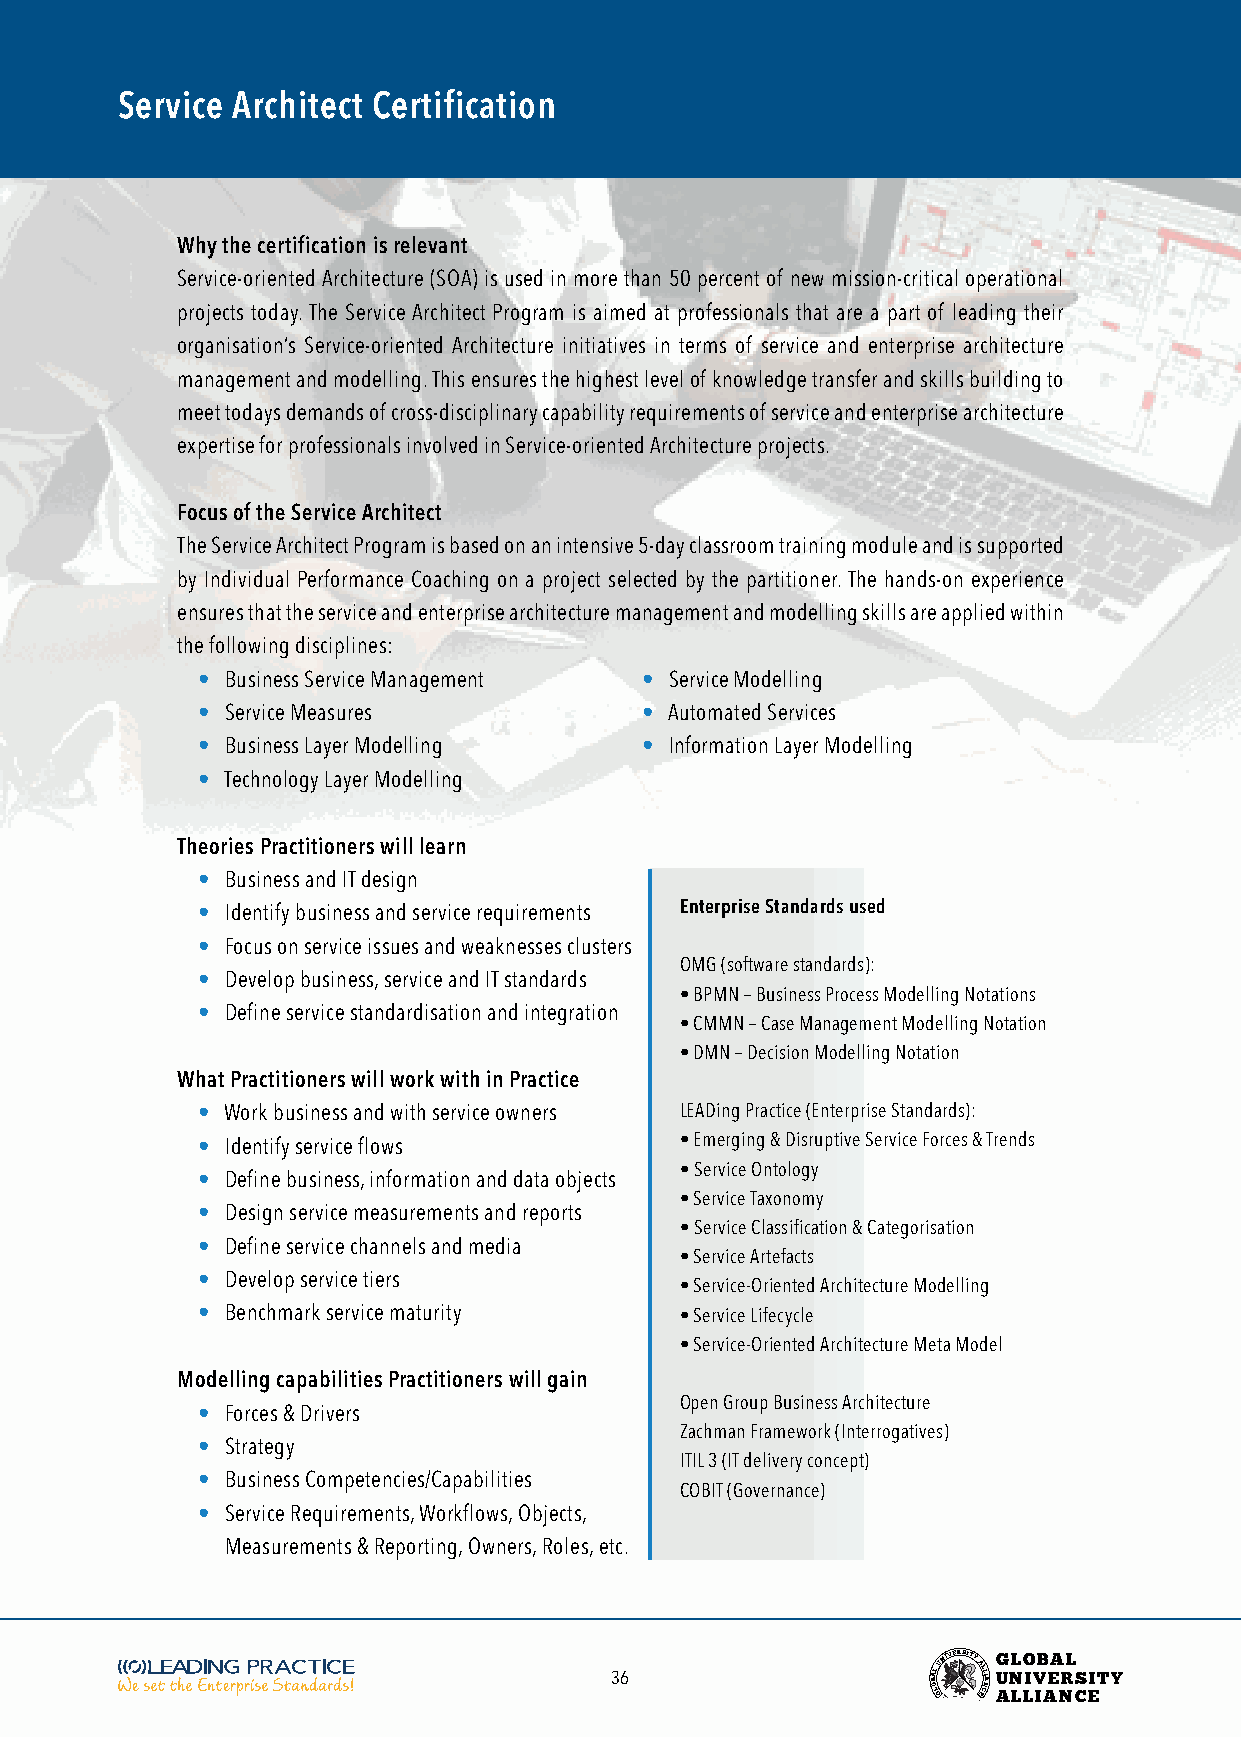
Service Architect Certification
 Why the certification is relevant
 Service-oriented Architecture (SOA) is used in more than 50 percent of new mission-critical operational
 projects today. The Service Architect Program is aimed at professionals that are a part of leading their
 organisation’s Service-oriented Architecture initiatives in terms of service and enterprise architecture
 management and modelling. This ensures the highest level of knowledge transfer and skills building to
 meet todays demands of cross-disciplinary capability requirements of service and enterprise architecture
 expertise for professionals involved in Service-oriented Architecture projects.
 Focus of the Service Architect
 The Service Architect Program is based on an intensive 5-day classroom training module and is supported
 by Individual Performance Coaching on a project selected by the partitioner. The hands-on experience
 ensures that the service and enterprise architecture management and modelling skills are applied within
 the following disciplines:
 • Business Service Management • Service Modelling
 • Service Measures           • Automated Services
 • Business Layer Modelling   • Information Layer Modelling
 • Technology Layer Modelling
 Theories Practitioners will learn
 • Business and IT design
 • Identify business and service requirements Enterprise Standards used
 • Focus on service issues and weaknesses clusters
 OMG (software standards):
 • Develop business, service and IT standards
 • BPMN – Business Process Modelling Notations
 • Define service standardisation and integration
 • CMMN – Case Management Modelling Notation
 • DMN – Decision Modelling Notation
 What Practitioners will work with in Practice
 • Work business and with service owners LEADing Practice (Enterprise Standards):
 • Identify service flows        • Emerging & Disruptive Service Forces & Trends
 • Service Ontology
 • Define business, information and data objects
 • Service Taxonomy
 • Design service measurements and reports
 • Service Classification & Categorisation
 • Define service channels and media
 • Service Artefacts
 • Develop service tiers
 • Service-Oriented Architecture Modelling
 • Benchmark service maturity    • Service Lifecycle
 • Service-Oriented Architecture Meta Model
 Modelling capabilities Practitioners will gain
 Open Group Business Architecture
 • Forces & Drivers
 Zachman Framework (Interrogatives)
 • Strategy
 ITIL 3 (IT delivery concept)
 • Business Competencies/Capabilities
 COBIT (Governance)
 • Service Requirements, Workflows, Objects,
 Measurements & Reporting, Owners, Roles, etc.
 36                    BOA LL
 GUNIVERSITY
 AL EL CI NA
 G
 U
 ANL LO
 LIV
 IB AEA NRL
 CS EITY